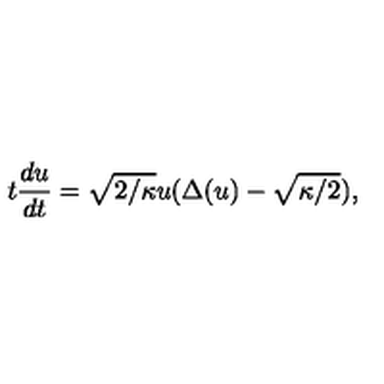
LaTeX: t \frac { d u } { d t } = \sqrt { 2 / \kappa } u ( \Delta ( u ) - \sqrt { \kappa / 2 } ) ,